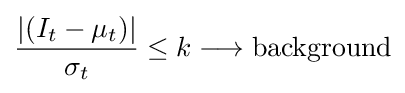
{\frac {|(I_{t}-\mu _{t})|}{\sigma _{t}}}\leq k\longrightarrow {\text{background}}